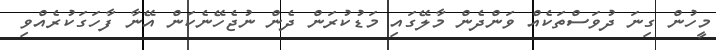
މީހުން ގިނަ ދުވަސްތަކެއް ވަންދެން މާލޭގައި މަޑުކުރަން ދެން ނުޖެހޭނެކަން އޭނާ ފާހަގަކުރެއްވި